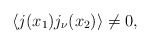
\begin{align*}\langle j(x_1)j_\nu(x_2)\rangle\ne 0,\end{align*}